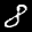
Label: 8